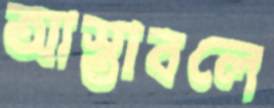
আস্তাবলে